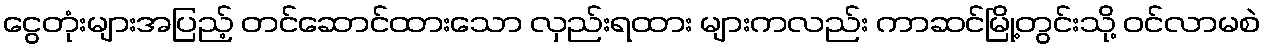
ငွေတုံးများအပြည့် တင်ဆောင်ထားသော လှည်းရထား များကလည်း ကာဆင်မြို့တွင်းသို့ ဝင်လာမစဲ